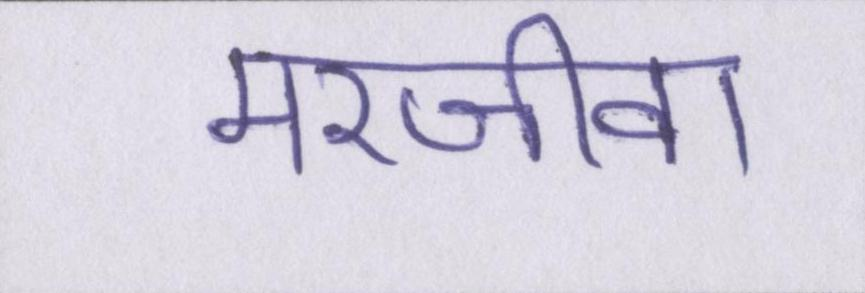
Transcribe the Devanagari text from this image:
मरजीवा